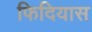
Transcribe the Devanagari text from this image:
फिदियास